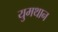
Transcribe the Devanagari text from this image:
युमथान